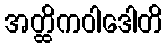
အတ္ထိကဝါဒေါတိ